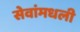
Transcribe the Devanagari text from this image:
सेवांमधली